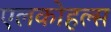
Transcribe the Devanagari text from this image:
एलकोहल्स